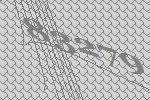
83279